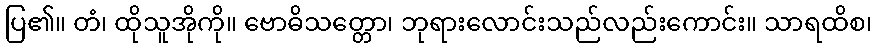
ပြ၏။ တံ၊ ထိုသူအိုကို။ ဗောဓိသတ္တော၊ ဘုရားလောင်းသည်လည်းကောင်း။ သာရထိစ၊